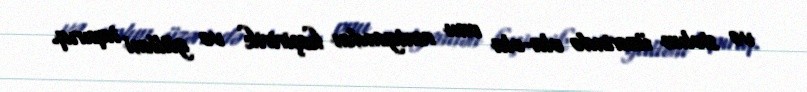
və stolun üzərində ola-ola onu rentgendən keçiririk və gülləni tapırıq.